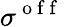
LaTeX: \sigma^{\mathrm{~o~f~f~}}